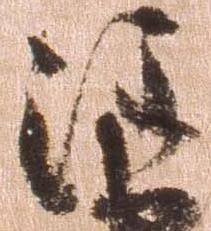
注